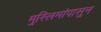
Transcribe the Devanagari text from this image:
मुस्लिमांपासुन